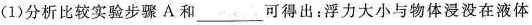
(1)分析比较实验步骤A和___可得出：浮力大小与物体浸没在液体